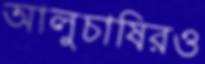
আলুচাষিরও